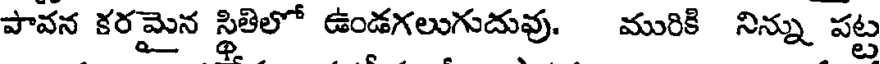
పావన కరమైన స్థితిలో ఉండగలుగుదువు. మురికి నిన్ను పట్ట